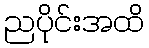
ညပိုင်းအထိ